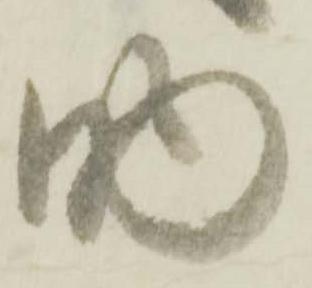
助